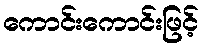
ကောင်းကောင်းဖြင့်